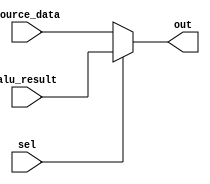
`timescale 1ns / 1ps
module wbd_slct(
input [7:0] alu_result,
input [7:0] source_data,
output[7:0] out,
input sel);
assign out=(sel)?alu_result:source_data;
endmodule